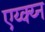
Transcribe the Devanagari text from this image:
एय्क्य्न